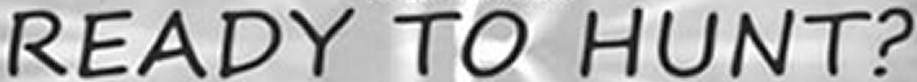
READY TO HUNT?